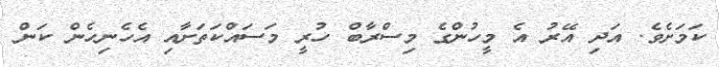
ކަމަށެވެ. އަދި އޭރު އެ މީހުންގެ މިސްރާބް ހުރީ މަސައްކަތަށާއި އެހެނިހެން ކަން